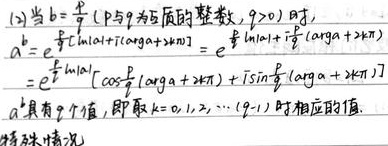
(2) 当$b = \frac{p}{q}$（$p$与$q$为互质的整数，$q>0$）时，
\begin{align*}
a^{b}&=e^{\frac{p}{q}[\ln|a|+i(\arg a + 2k\pi)]}=e^{\frac{p}{q}\ln|a|+i\frac{p}{q}(\arg a + 2k\pi)}\\
&=e^{\frac{p}{q}\ln|a|}\left[\cos\frac{p}{q}(\arg a + 2k\pi)+i\sin\frac{p}{q}(\arg a + 2k\pi)\right]
\end{align*}
$a^{b}$具有$q$个值，即取$k = 0,1,2,\cdots,(q - 1)$时相应的值。